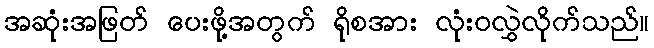
အဆုံးအဖြတ် ပေးဖို့အတွက် ရိုစအား လုံးဝလွှဲလိုက်သည်။